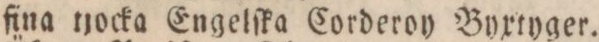
fina tjocka Engelſka Corderoy Byxtyger.